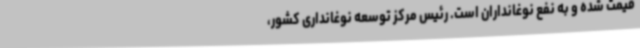
قیمت شده و به نفع نوغانداران است. رئیس مرکز توسعه نوغانداری کشور،